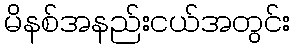
မိနစ်အနည်းငယ်အတွင်း